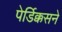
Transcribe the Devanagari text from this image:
पेर्डिक्कसने